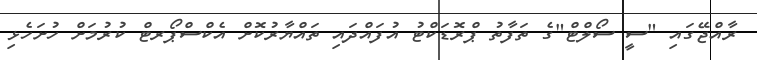
ރާއްޖޭގައި "ސީ ސޯލްޓް"ގެ ތަފާތު ޕްރޮޑަކްޓު އުފައްދައި ތައްޔާރުކޮށް އެކްސްޕޯރޓް ކުރުމަށް ހުށަހެޅި